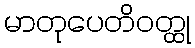
မာတုပေတိဝတ္ထု